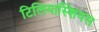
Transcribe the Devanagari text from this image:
टिलियास्शियस